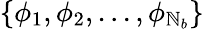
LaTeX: \left\{ \phi_{1},\phi_{2},...,\phi_{\mathbb{N}_{b}}\right\}